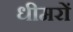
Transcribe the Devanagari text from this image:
धीमरों